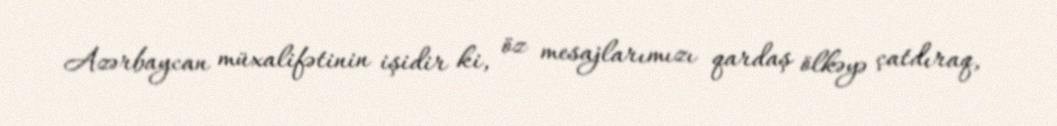
Azərbaycan müxalifətinin işidir ki, öz mesajlarımızı qardaş ölkəyə çatdıraq,